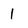
Character: 1